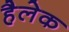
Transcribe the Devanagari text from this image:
हैलेक